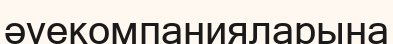
әуекомпанияларына